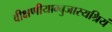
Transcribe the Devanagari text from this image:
वीक्षणीयाम्बुजास्यश्रियं